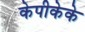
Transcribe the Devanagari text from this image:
केपीकेके